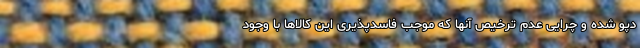
دپو شده و چرایی عدم ترخیص آنها که موجب فاسدپذیری این کالاها با وجود